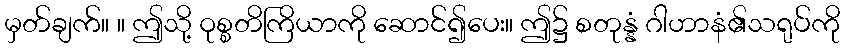
မှတ်ချက်။ ။ ဤသို့ ဝုစ္စတိကြိယာကို ဆောင်၍ပေး။ ဤ၌ စတုန္နံ ဂါဟာနံ၏သရုပ်ကို